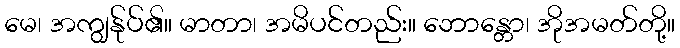
မေ၊ အကျွန်ုပ်၏။ မာတာ၊ အမိပင်တည်း။ ဘောန္တော၊ အိုအမတ်တို့။